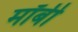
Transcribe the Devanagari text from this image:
मॉर्बी